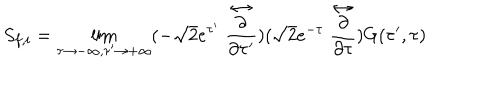
S _ { f , i } = \lim _ { \tau \rightarrow - \infty , \tau ^ { \prime } \rightarrow + \infty } ( - \sqrt { 2 } e ^ { \tau ^ { \prime } } \stackrel { \leftrightarrow } { \frac { \partial } { \partial \tau ^ { \prime } } } ) ( \sqrt { 2 } e ^ { - \tau } \stackrel { \leftrightarrow } { \frac { \partial } { \partial \tau } } ) G ( \tau ^ { \prime } , \tau )